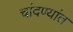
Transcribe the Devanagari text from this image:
चांदण्यांत